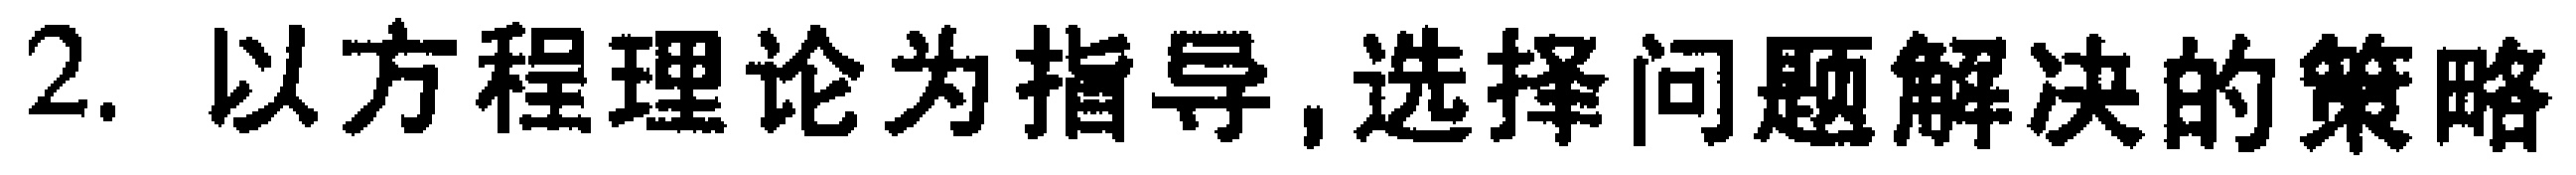
2. 以方程理论为指导,选择问题解决的策略